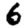
Digit: 6